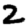
Digit: 2